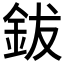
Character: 鈸